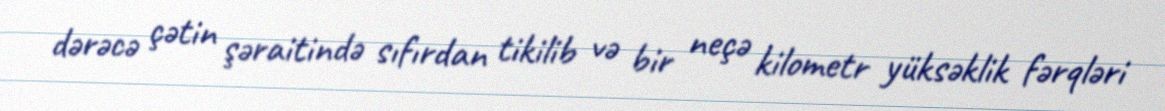
dərəcə çətin şəraitində sıfırdan tikilib və bir neçə kilometr yüksəklik fərqləri